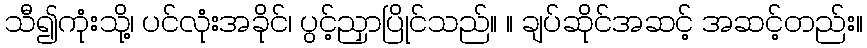
သီ၍ကုံးသို့၊ ပင်လုံးအခိုင်၊ ပွင့်ညှာပြိုင်သည်။ ။ ချပ်ဆိုင်အဆင့် အဆင့်တည်း။